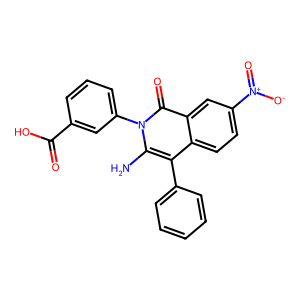
SMILES: Nc1c(-c2ccccc2)c2ccc([N+](=O)[O-])cc2c(=O)n1-c1cccc(C(=O)O)c1
Inhibits HIV replication: No